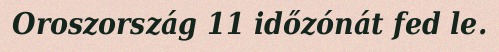
Oroszország 11 időzónát fed le.